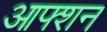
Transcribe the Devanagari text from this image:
आफ्शन